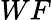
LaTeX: WF